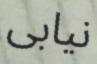
نيابى